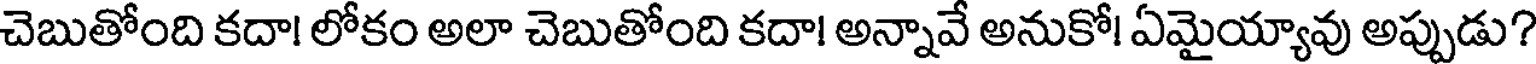
చెబుతోంది కదా! లోకం అలా చెబుతోంది కదా! అన్నావే అనుకో! ఏమైయ్యావు అప్పుడు?